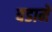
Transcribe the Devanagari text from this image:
वडामे